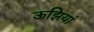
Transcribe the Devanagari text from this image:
ऊझियां